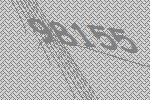
98155